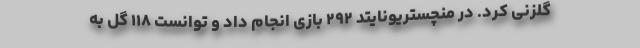
گلزنی کرد. در منچستریونایتد ۲۹۲ بازی انجام داد و توانست ۱۱۸ گل به